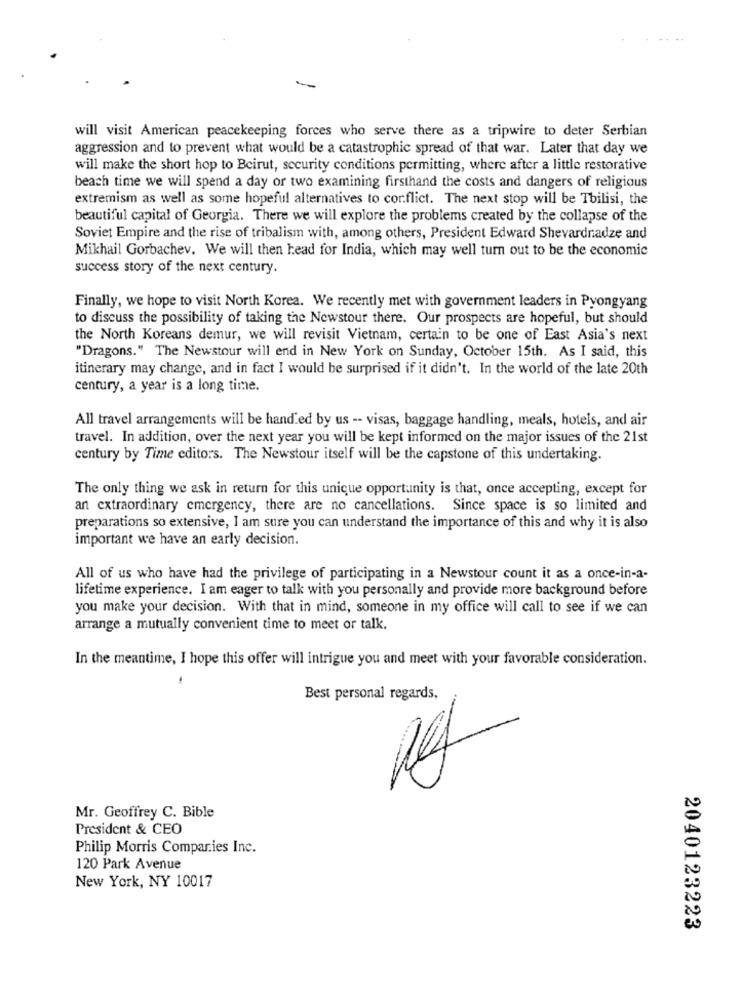
will visit American peacekeeping forces who serve there as a tripwire to deter Serbian
aggression and to prevent what would be a catastrophic spread of that war. Later that day we
will make the short hop to Beirut, security conditions permitting, where after a little restorative
beach time we will spend a day or two examining firsthand the costs and dangers of religious
extremism as well as some hopeful alternatives to conflict. The next stop will be Tbilisi, the
beautiful capital of Georgia. There we will explore the problems created by the collapse of the
Soviet Empire and the rise of tribalism with, among others, President Edward Shevardnadze and
Mikhail Gorbachev. We will then head for India, which may well turn out to be the economic
success story of the next century.
Finally, we hope to visit North Korea. We recently met with government leaders in Pyongyang
to discuss the possibility of taking the Newstour there. Our prospects are hopeful, but should
the North Koreans demur, we will revisit Vietnam, certain to be one of East Asia's next
"Dragons." The Newstour will end in New York on Sunday, October 15th. As I said, this
itinerary may change, and in fact I would be surprised if it didn't. In the world of the late 20th
century, a year is a long time.
All travel arrangements will be hand ed by us -- visas, baggage handling, meals, hotels, and air
travel. In addition, over the next year you will be kept informed on the major issues of the 21st
century by Time editors. The Newstour itself will be the capstone of this undertaking.
The only thing we ask in return for this unique opportunity is that, once accepting, except for
an extraordinary emergency, there are no cancellations. Since space is so limited and
preparations so extensive, I am sure you can understand the importance of this and why it is also
important we have an early decision.
All of us who have had the privilege of participating in a Newstour count it as a once-in-a-
lifetime experience. I am eager to talk with you personally and provide more background before
you make your decision. With that in mind, someone in my office will call to see if we can
arrange a mutually convenient time to meet or talk.
In the meantime, I hope this offer will intrigue you and meet with your favorable consideration.
.
Best personal regards,
Mr. Geoffrey C. Bible
President & CEO
Philip Morris Companies Inc.
120 Park Avenue
New York, NY 10017
2040123223